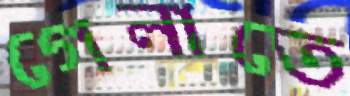
গেলাতে